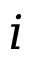
i